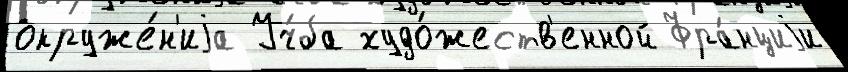
окруже́н'иjа Уч́ба худо́жеств'енной Фра́нциjи